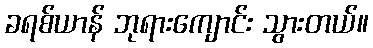
ခရစ်ယာန် ဘုရားကျောင်း သွားတယ်။